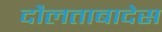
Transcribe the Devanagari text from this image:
दौलताबादेस